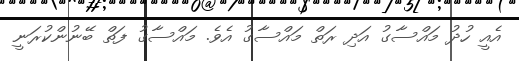
އެއީ ހުދު މައްސާގު އަދި ރަތް މައްސާގު އެވެ. މައްސާގު ފަތް ބޭނުންކުރަނީ